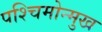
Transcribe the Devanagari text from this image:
पश्चिमोन्मुख